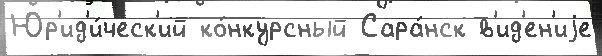
Юр'ид'и́ческ'ий ко́нкурсный Сара́нск в'ид'ен'иjе